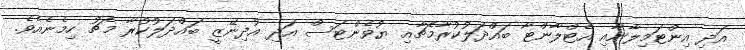
އަދި އިންޓަމިލާނާއި އެޓްލާންޓާ ބައްދަލުކުރާމެޗާއި ޔުވެންޓަސް އަދި އުދިނޭޒީ ބައްދަލުކުރާ މެޗު ހިމެނެއެވެ.